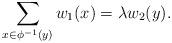
LaTeX: \begin{align*} \sum_{x \in \phi^{-1}(y)} w_1(x) = \lambda w_2(y). \end{align*}